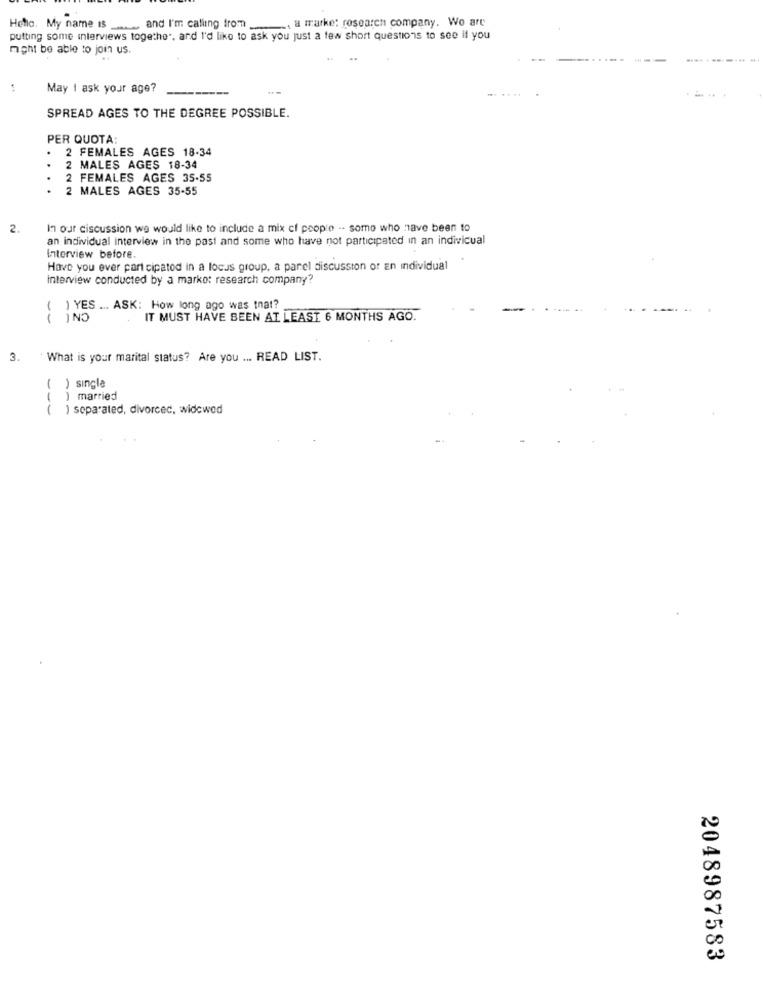
Hello. My name is _... and I'm calling from ... a marke: rosearen company. We are
putting some interviews together, and I'd like to ask you just a few short questions to see if you
might be able to join us.
May i ask your age?
----
-=
SPREAD AGES TO THE DEGREE POSSIBLE.
PER QUOTA:
.
2 FEMALES AGES 18-34
MALES AGES 18-34
.
2 FEMALES AGES 35-55
.
2 MALES AGES 35-55
2.
In our discussion we would like to include a mix of people -- some who have been to
an individual interview in the past and some who have not participated in an indivicual
Interview before.
Have you ever part cipatod in a locus group, a panel discussion or an individual
interview conducted by a market research company?
( ) YES .. ASK: How long ago was that?
-
INO
IT MUST HAVE BEEN AT LEAST 6 MONTHS AGO.
3.
What is your marital status? Are you ... READ LIST.
( ) single
( ) married
( ) separated, divorced, widowed
2048987583